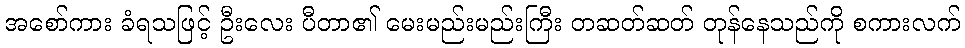
အစော်ကား ခံရသဖြင့် ဦးလေး ပီတာ၏ မေးမည်းမည်းကြီး တဆတ်ဆတ် တုန်နေသည်ကို စကားလက်